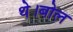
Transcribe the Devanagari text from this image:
थे।बोल